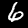
Label: 6